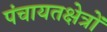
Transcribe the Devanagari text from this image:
पंचायतक्षेत्रों